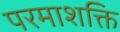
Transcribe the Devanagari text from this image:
परमाशक्ति